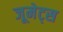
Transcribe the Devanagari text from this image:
जूमेट्स